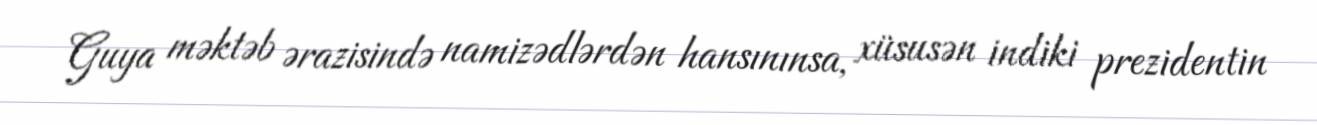
Guya məktəb ərazisində namizədlərdən hansınınsa, xüsusən indiki prezidentin